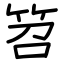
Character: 笤